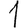
Digit: 1